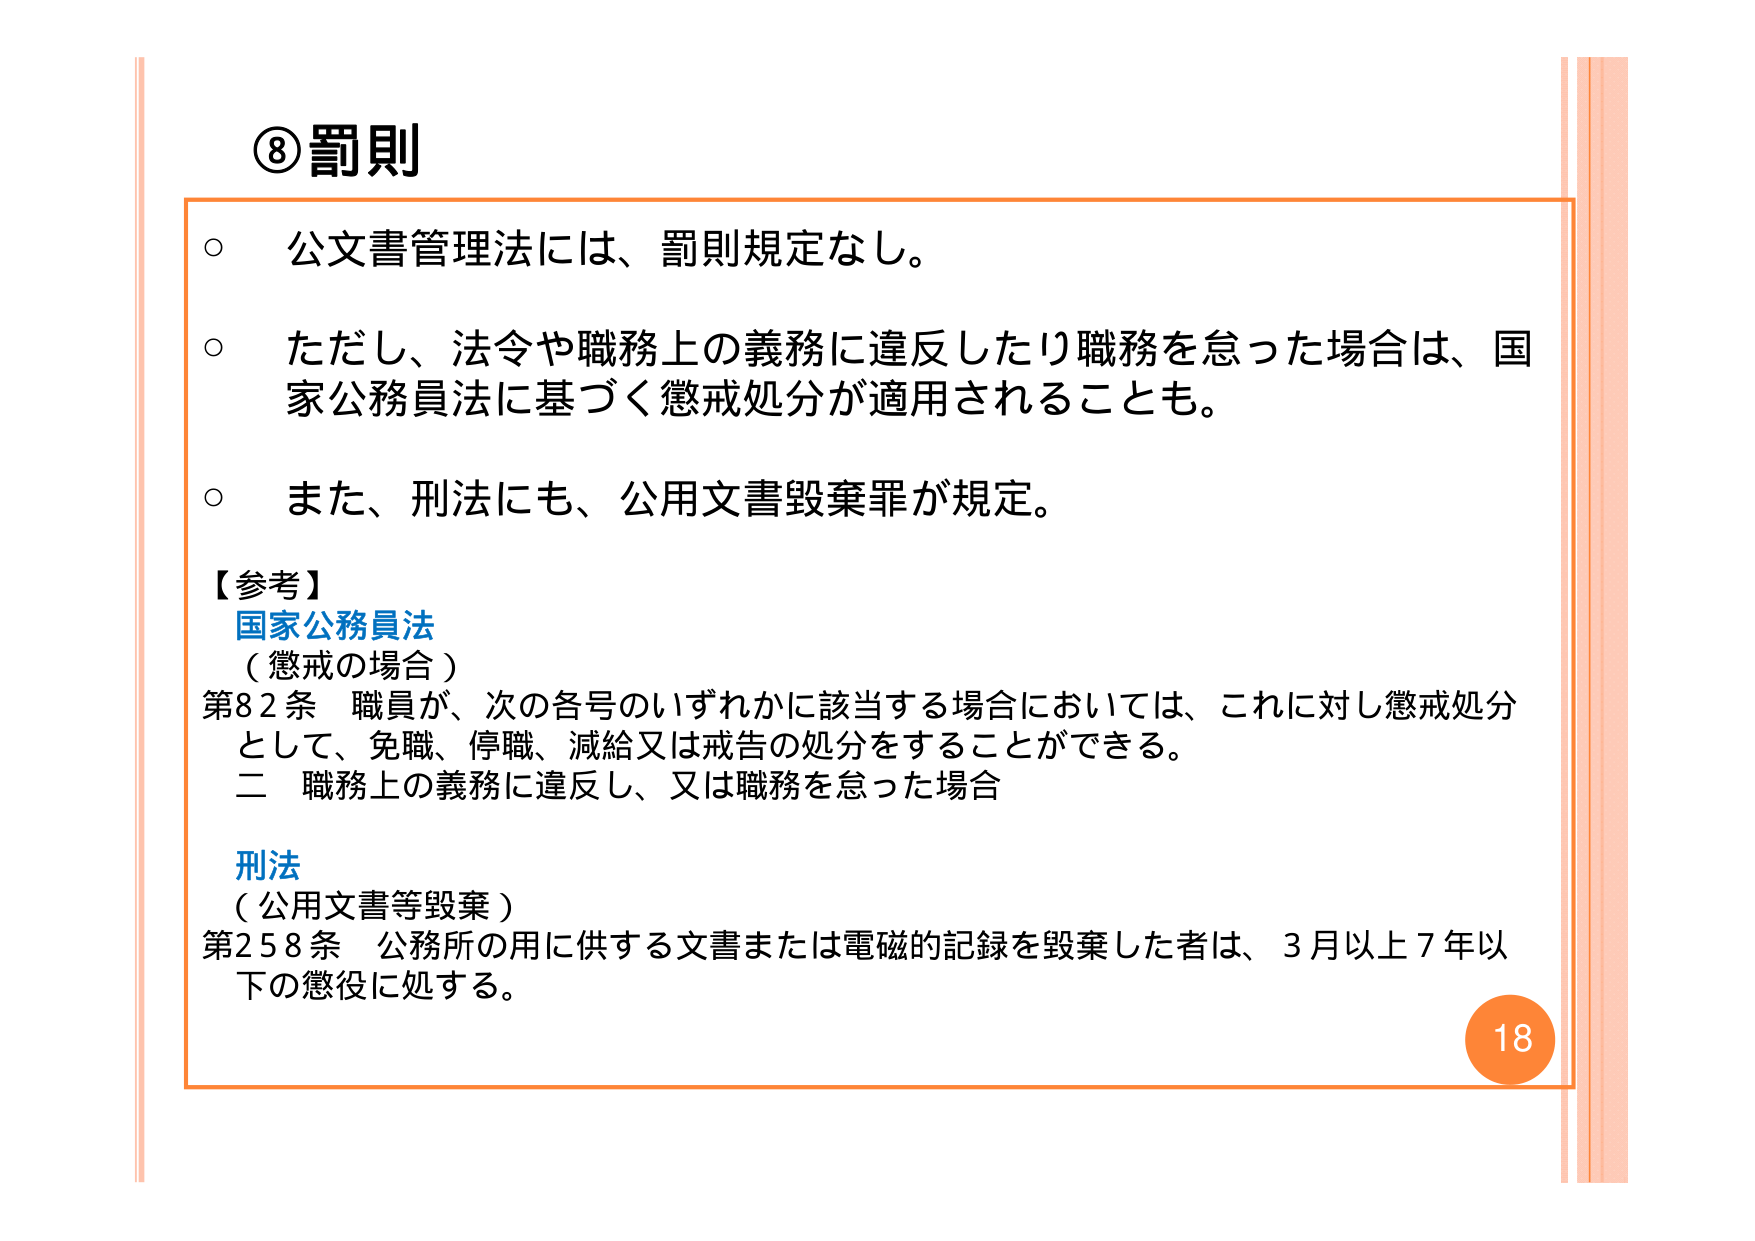
⑧罰則

○ 公文書管理法には、罰則規定なし。

○ ただし、法令や職務上の義務に違反したり職務を怠った場合は、国家公務員法に基づく懲戒処分が適用されることも。

○ また、刑法にも、公用文書毀棄罪が規定。

【参考】
国家公務員法
（懲戒の場合）
第82条 職員が、次の各号のいずれかに該当する場合においては、これに対し懲戒処分として、免職、停職、減給又は戒告の処分をすることができる。
二 職務上の義務に違反し、又は職務を怠った場合

刑法
（公用文書等毀棄）
第258条 公務所の用に供する文書または電磁的記録を毀棄した者は、3月以上7年以下の懲役に処する。

18